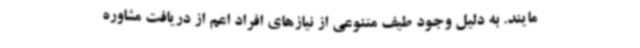
مایند. به دلیل وجود طیف متنوعی از نیازهای افراد اعم از دریافت مشاوره